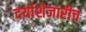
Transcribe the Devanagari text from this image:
दर्याशेजारीच